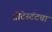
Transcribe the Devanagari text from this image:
प्रोटेस्टंटचा